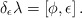
\begin{align*}\delta_{\epsilon} \lambda = [\phi, \epsilon]\,. \end{align*}